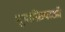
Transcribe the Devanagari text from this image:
भूमाफ़ियाओं